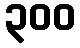
၃၀၀